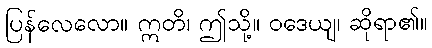
ပြန်လေလော။ ဣတိ၊ ဤသို့။ ဝဒေယျ၊ ဆိုရာ၏။